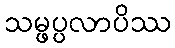
သမ္ဖပ္ပလာပိဿ